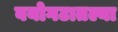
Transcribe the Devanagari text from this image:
वयोगटातल्या